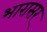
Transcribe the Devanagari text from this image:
भारासर